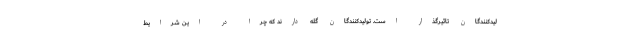
لیدکنندگان تاثیرگذار است. تولیدکنندگان گله دارند که چرا در این شرایط